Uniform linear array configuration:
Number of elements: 16
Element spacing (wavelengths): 0.25
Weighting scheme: exponential
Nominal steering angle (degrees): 60
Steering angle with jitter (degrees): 61.031
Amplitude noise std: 0.05
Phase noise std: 0.05

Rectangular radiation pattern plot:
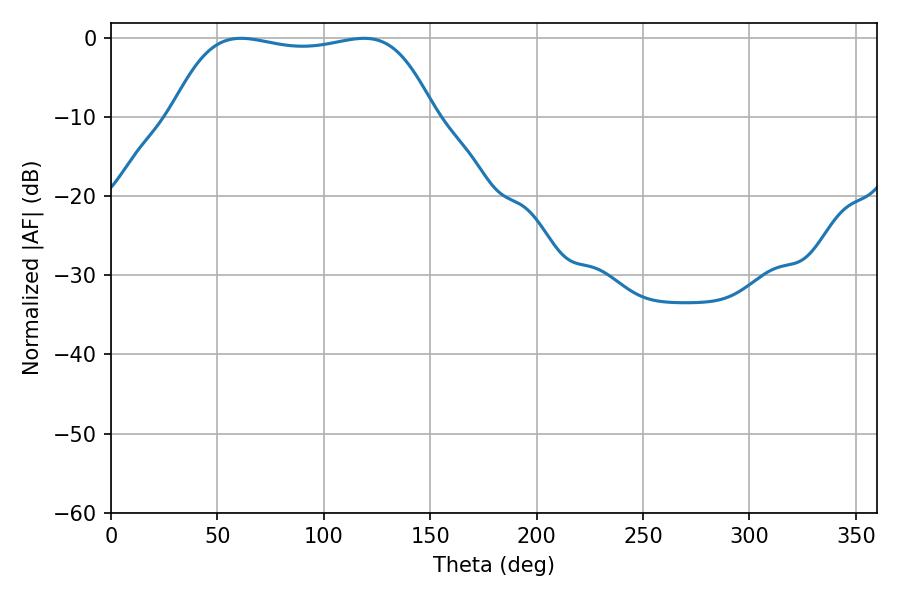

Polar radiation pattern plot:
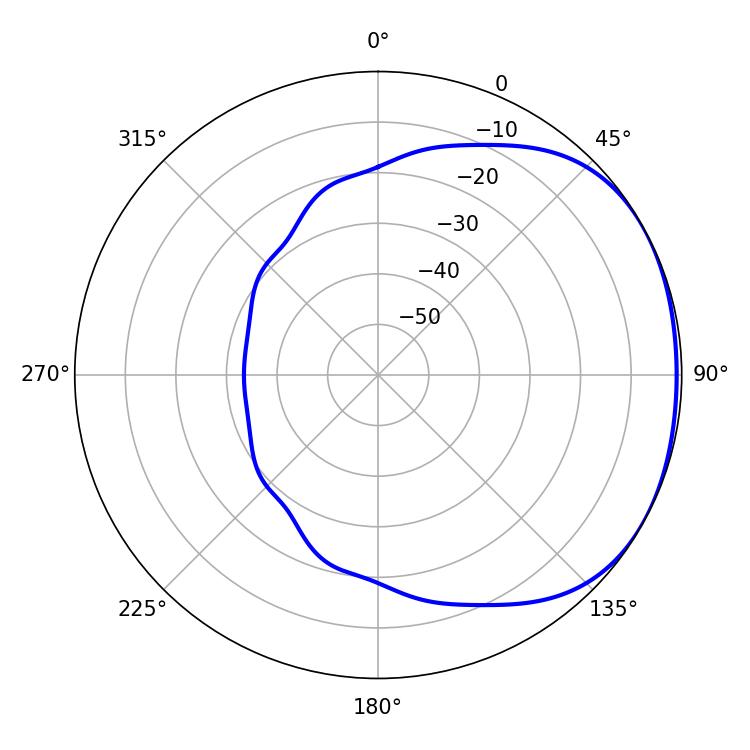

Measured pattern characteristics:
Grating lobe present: FALSE
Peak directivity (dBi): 1.548
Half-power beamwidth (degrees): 97.92
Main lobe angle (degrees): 61.02